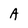
Character: A